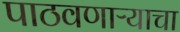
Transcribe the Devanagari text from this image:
पाठवणाऱ्याचा